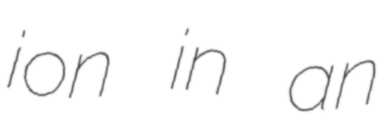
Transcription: ion in an